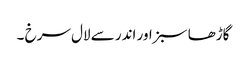
گاڑھا سبز اور اندر سے لال سرخ ۔